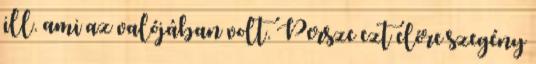
ill. ami az valójában volt. Persze ezt előre szegény